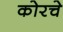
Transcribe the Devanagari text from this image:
कोरचे